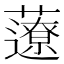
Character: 𧂏